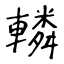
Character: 轔